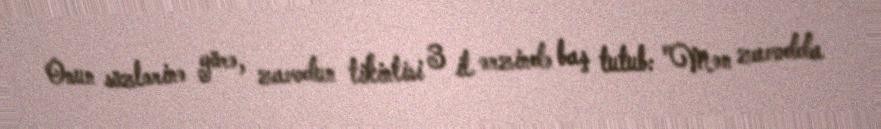
Onun sözlərinə görə, zavodun tikintisi 3 il ərzində baş tutub: "Mən zavodda